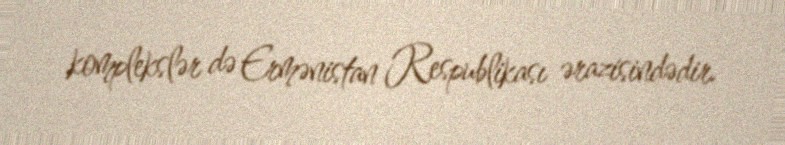
komplekslər də Ermənistan Respublikası ərazisindədir.